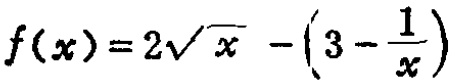
\(f(x)=2\sqrt{x}-\left(3 - \frac{1}{x}\right)\)